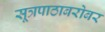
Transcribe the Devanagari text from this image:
सूत्रपाठाबरोबर